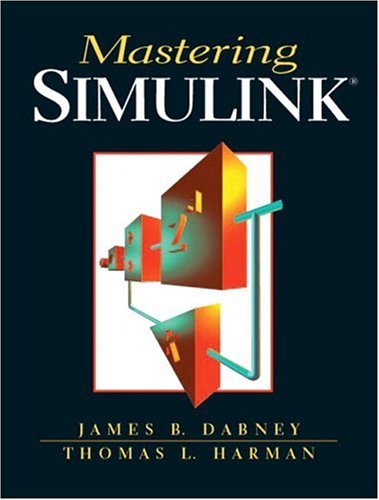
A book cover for Mastering Simulink; James B. Dabney; Science & Math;